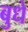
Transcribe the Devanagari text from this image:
बुधे